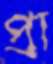
প্রা